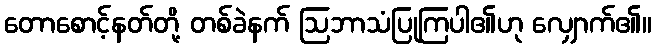
တောစောင့်နတ်တို့ တစ်ခဲနက် ဩဘာသံပြုကြပါ၏ဟု လျှောက်၏။